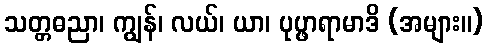
သတ္တဓညာ၊ ကျွန်၊ လယ်၊ ယာ၊ ပုပ္ဖာရာမာဒိ (အများ။)